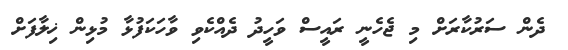
ދެން ސަރުކާރަށް މި ޖެހެނީ ރައީސް ވަހީދު ދެއްކެވި ވާހަކަފުޅާ މުޅިން ޚިލާފަށް